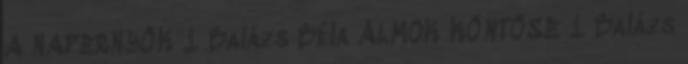
A NAPERNYŐK 1 Balázs Béla ÁLMOK KÖNTÖSE 1 Balázs